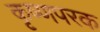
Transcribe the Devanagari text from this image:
कृष्णपरक